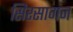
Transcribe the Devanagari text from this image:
सिरसागंज